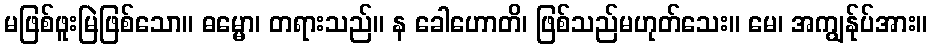
မဖြစ်ဖူးမြဲဖြစ်သော။ ဓမ္မော၊ တရားသည်။ န ခေါဟောတိ၊ ဖြစ်သည်မဟုတ်သေး။ မေ၊ အကျွန်ုပ်အား။